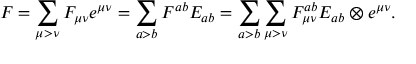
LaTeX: F = \sum _ { \mu > \nu } F _ { \mu \nu } e ^ { \mu \nu } = \sum _ { a > b } F ^ { a b } E _ { a b } = \sum _ { a > b } \sum _ { \mu > \nu } F _ { \mu \nu } ^ { a b } E _ { a b } \otimes e ^ { \mu \nu } .